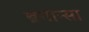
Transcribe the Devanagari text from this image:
ब्रगान्सा